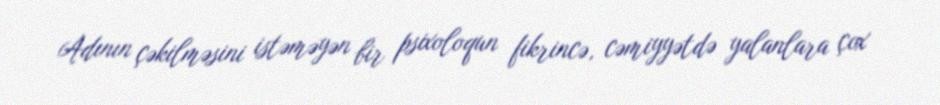
Adının çəkilməsini istəməyən bir psixoloqun fikrincə, cəmiyyətdə yalanlara çox